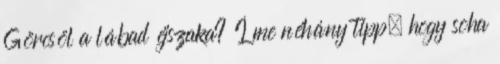
Görcsöl a lábad éjszaka? Íme néhány tipp, hogy soha